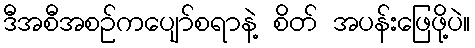
ဒီအစီအစဉ်ကပျော်စရာနဲ့ စိတ် အပန်းဖြေဖို့ပဲ။